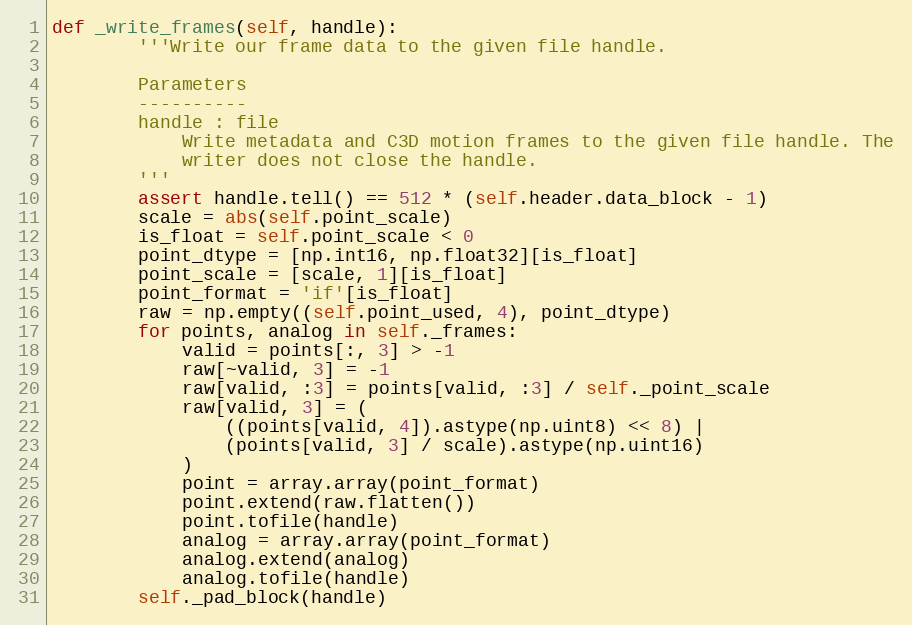
Language: Python
def _write_frames(self, handle):
        '''Write our frame data to the given file handle.

        Parameters
        ----------
        handle : file
            Write metadata and C3D motion frames to the given file handle. The
            writer does not close the handle.
        '''
        assert handle.tell() == 512 * (self.header.data_block - 1)
        scale = abs(self.point_scale)
        is_float = self.point_scale < 0
        point_dtype = [np.int16, np.float32][is_float]
        point_scale = [scale, 1][is_float]
        point_format = 'if'[is_float]
        raw = np.empty((self.point_used, 4), point_dtype)
        for points, analog in self._frames:
            valid = points[:, 3] > -1
            raw[~valid, 3] = -1
            raw[valid, :3] = points[valid, :3] / self._point_scale
            raw[valid, 3] = (
                ((points[valid, 4]).astype(np.uint8) << 8) |
                (points[valid, 3] / scale).astype(np.uint16)
            )
            point = array.array(point_format)
            point.extend(raw.flatten())
            point.tofile(handle)
            analog = array.array(point_format)
            analog.extend(analog)
            analog.tofile(handle)
        self._pad_block(handle)